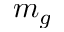
m _ { g }